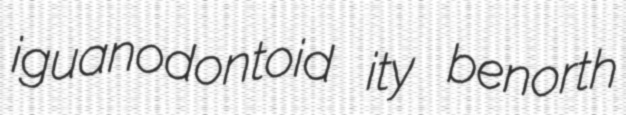
iguanodontoid ity benorth